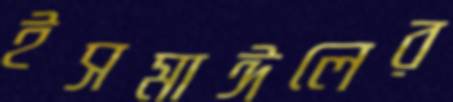
ইসমাঈলের